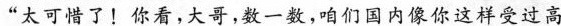
“太可惜了！你看，大哥，数一数，咱们国内像你这样受过高